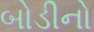
બોડીનો